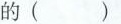
的（）